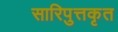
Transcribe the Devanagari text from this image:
सारिपुत्तकृत